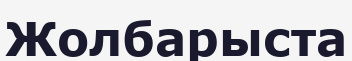
Жолбарыста